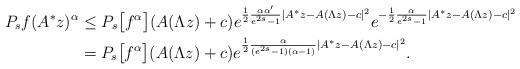
LaTeX: \begin{align*}P_sf(A^*z)^\alpha &\le P_s\big[f^\alpha\big](A(\Lambda z) +c) e^{\frac12 \frac{ \alpha \alpha' }{e^{2s}-1} | A^*z - A(\Lambda z) - c |^2}e^{ -\frac12 \frac{\alpha}{e^{2s}-1} | A^*z - A(\Lambda z) - c |^2 }\\&= P_s\big[f^\alpha\big](A(\Lambda z) +c) e^{\frac12 \frac{ \alpha }{(e^{2s}-1)(\alpha-1)} | A^*z - A(\Lambda z) - c |^2}.\end{align*}